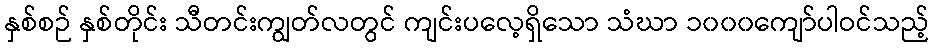
နှစ်စဉ် နှစ်တိုင်း သီတင်းကျွတ်လတွင် ကျင်းပလေ့ရှိသော သံဃာ ၁၀၀၀ကျော်ပါဝင်သည့်